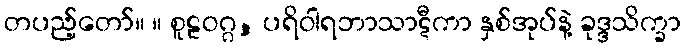
တပည့်တော်။ ။ စူဠဝဂ္ဂ, ပရိဝါရဘာသာဋီကာ နှစ်အုပ်နဲ့ ခုဒ္ဒသိက္ခာ